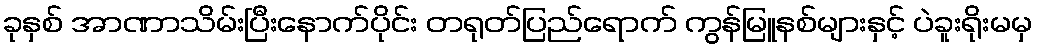
ခုနှစ် အာဏာသိမ်းပြီးနောက်ပိုင်း တရုတ်ပြည်ရောက် ကွန်မြူနစ်များနှင့် ပဲခူးရိုးမမှ